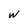
Character: w